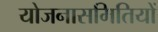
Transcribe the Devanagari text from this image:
योजनासमितियों